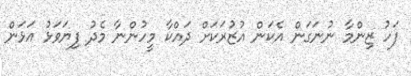
ފަހު ޒިންމާ ނުނަގަން އެކަން އުޒުރަކަށް ދައްކާ މީހުންނާ މެދު ފިޔަވަޅު އަޅަން